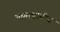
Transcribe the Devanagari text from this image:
भागापुरतीच